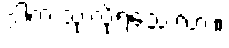
ဒါက သုံးလို့ရသေးလား။